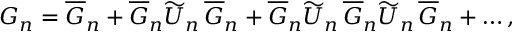
G _ { n } = \overline { { G } } _ { n } + \overline { { G } } _ { n } \widetilde U _ { n } \, \overline { { G } } _ { n } + \overline { { G } } _ { n } \widetilde U _ { n } \, \overline { { G } } _ { n } \widetilde U _ { n } \, \overline { { G } } _ { n } + \dots ,